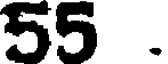
55 .